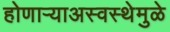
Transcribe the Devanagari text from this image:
होणाऱ्याअस्वस्थेमुळे